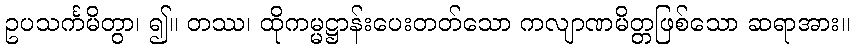
ဥပသင်္ကမိတွာ၊ ၍။ တဿ၊ ထိုကမ္မဋ္ဌာန်းပေးတတ်သော ကလျာဏမိတ္တဖြစ်သော ဆရာအား။